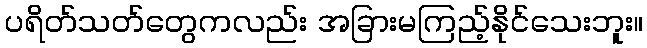
ပရိတ်သတ်တွေကလည်း အခြားမကြည့်နိုင်သေးဘူး။